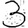
Digit: 3